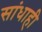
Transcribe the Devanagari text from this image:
सांधाही